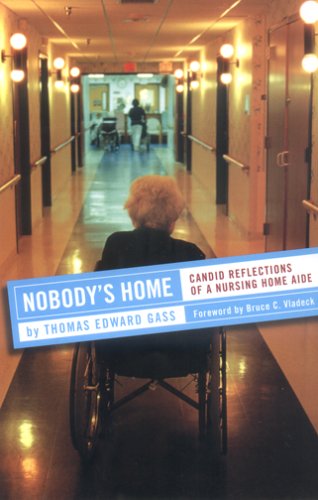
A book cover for Nobody's Home: Candid Reflections of a Nursing Home Aide; Thomas Edward Gass; Medical Books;